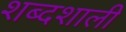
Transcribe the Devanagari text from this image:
शब्दशाली